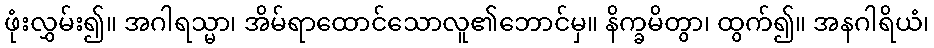
ဖုံးလွှမ်း၍။ အဂါရသ္မာ၊ အိမ်ရာထောင်သောလူ၏ဘောင်မှ။ နိက္ခမိတွာ၊ ထွက်၍။ အနဂါရိယံ၊